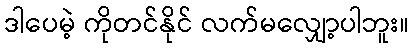
ဒါပေမဲ့ ကိုတင်နိုင် လက်မလျှော့ပါဘူး။